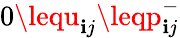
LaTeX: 0\lequ_{\mathbf{i}j}\leqp_{\mathbf{i}j}^{-}